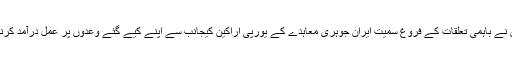
اس ملاقات میں دونوں فریقین نے باہمی تعلقات کے فروغ سمیت ایران جوہری معاہدے کے یورپی اراکین کیجانب سے اپنے کیے گئے وعدوں پر عمل درآمد کرنے سے متعلق بات چیت کی۔